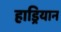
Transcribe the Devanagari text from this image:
हाड्रियान